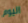
اليوم